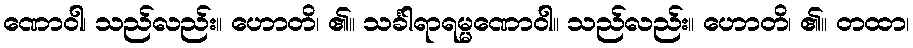
ဏောဝါ၊ သည်လည်း။ ဟောတိ၊ ၏။ သင်္ခါရာရမ္မဏောဝါ။ သည်လည်း။ ဟောတိ၊ ၏။ တထာ၊